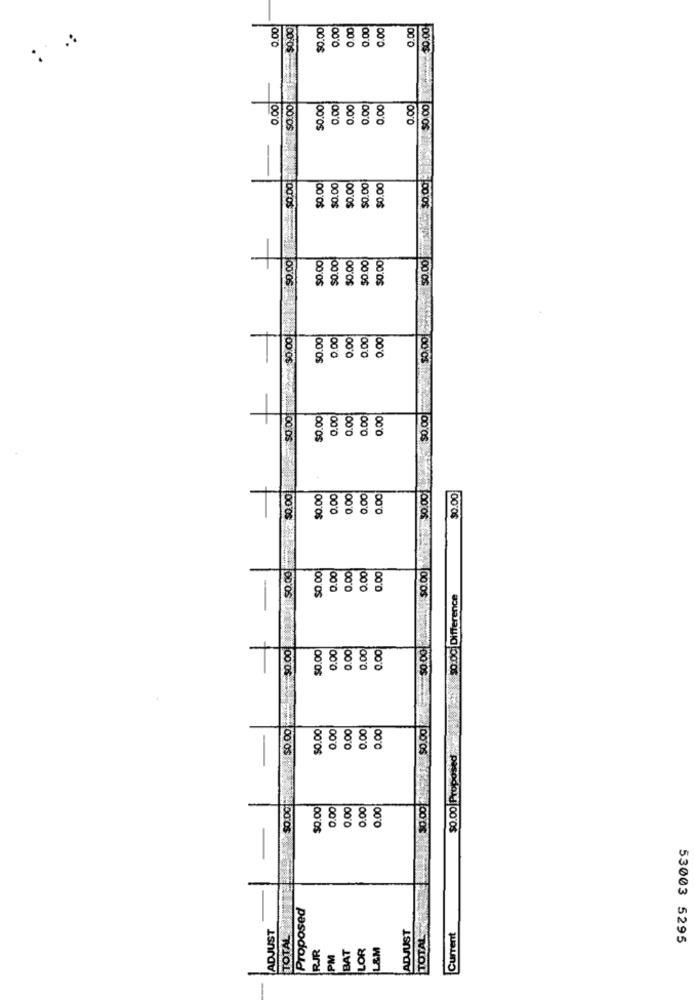
0.00
$0.00
$0.00
0.00
0.00
0.00
0.00
0.00
$0.00
.00
$0.00
$0.00
0.00
0.00
0.00
0.00
0.00
$0.00
$0.00
$0.00
$0.00
$0.00
$0.00
$0.00
$0.00
$0.00
$0.00
$0.00
$0.00
$0.00
$0.00
.00
$0.00
0.00
0.00
0.00
0.00
$0.00
$0.00
.00
2.00
0.00
0.00
$0.00
$0.00
$0.00
0.00
0.00
0.00
0.00
$0.001
$0.00
$0.00
$0.00
0.00
0.00
2.00
3.00
$0.00
$0.00 Difference
$0.00
$0.00
2.00
0.00
2.00
0.00
50.00
$0.00
0.00
0.00
0.00
.00
$0.00
$0.00 P
$0.00
0.00
0.00
0.00
0.00
$0.00
Proposed
TOTAL
ADJUST
ADJUST
TOTAL
Current
LOR
L&M
53003 5295
RJR
PM
BAT